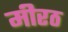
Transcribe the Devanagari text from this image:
मीरठ